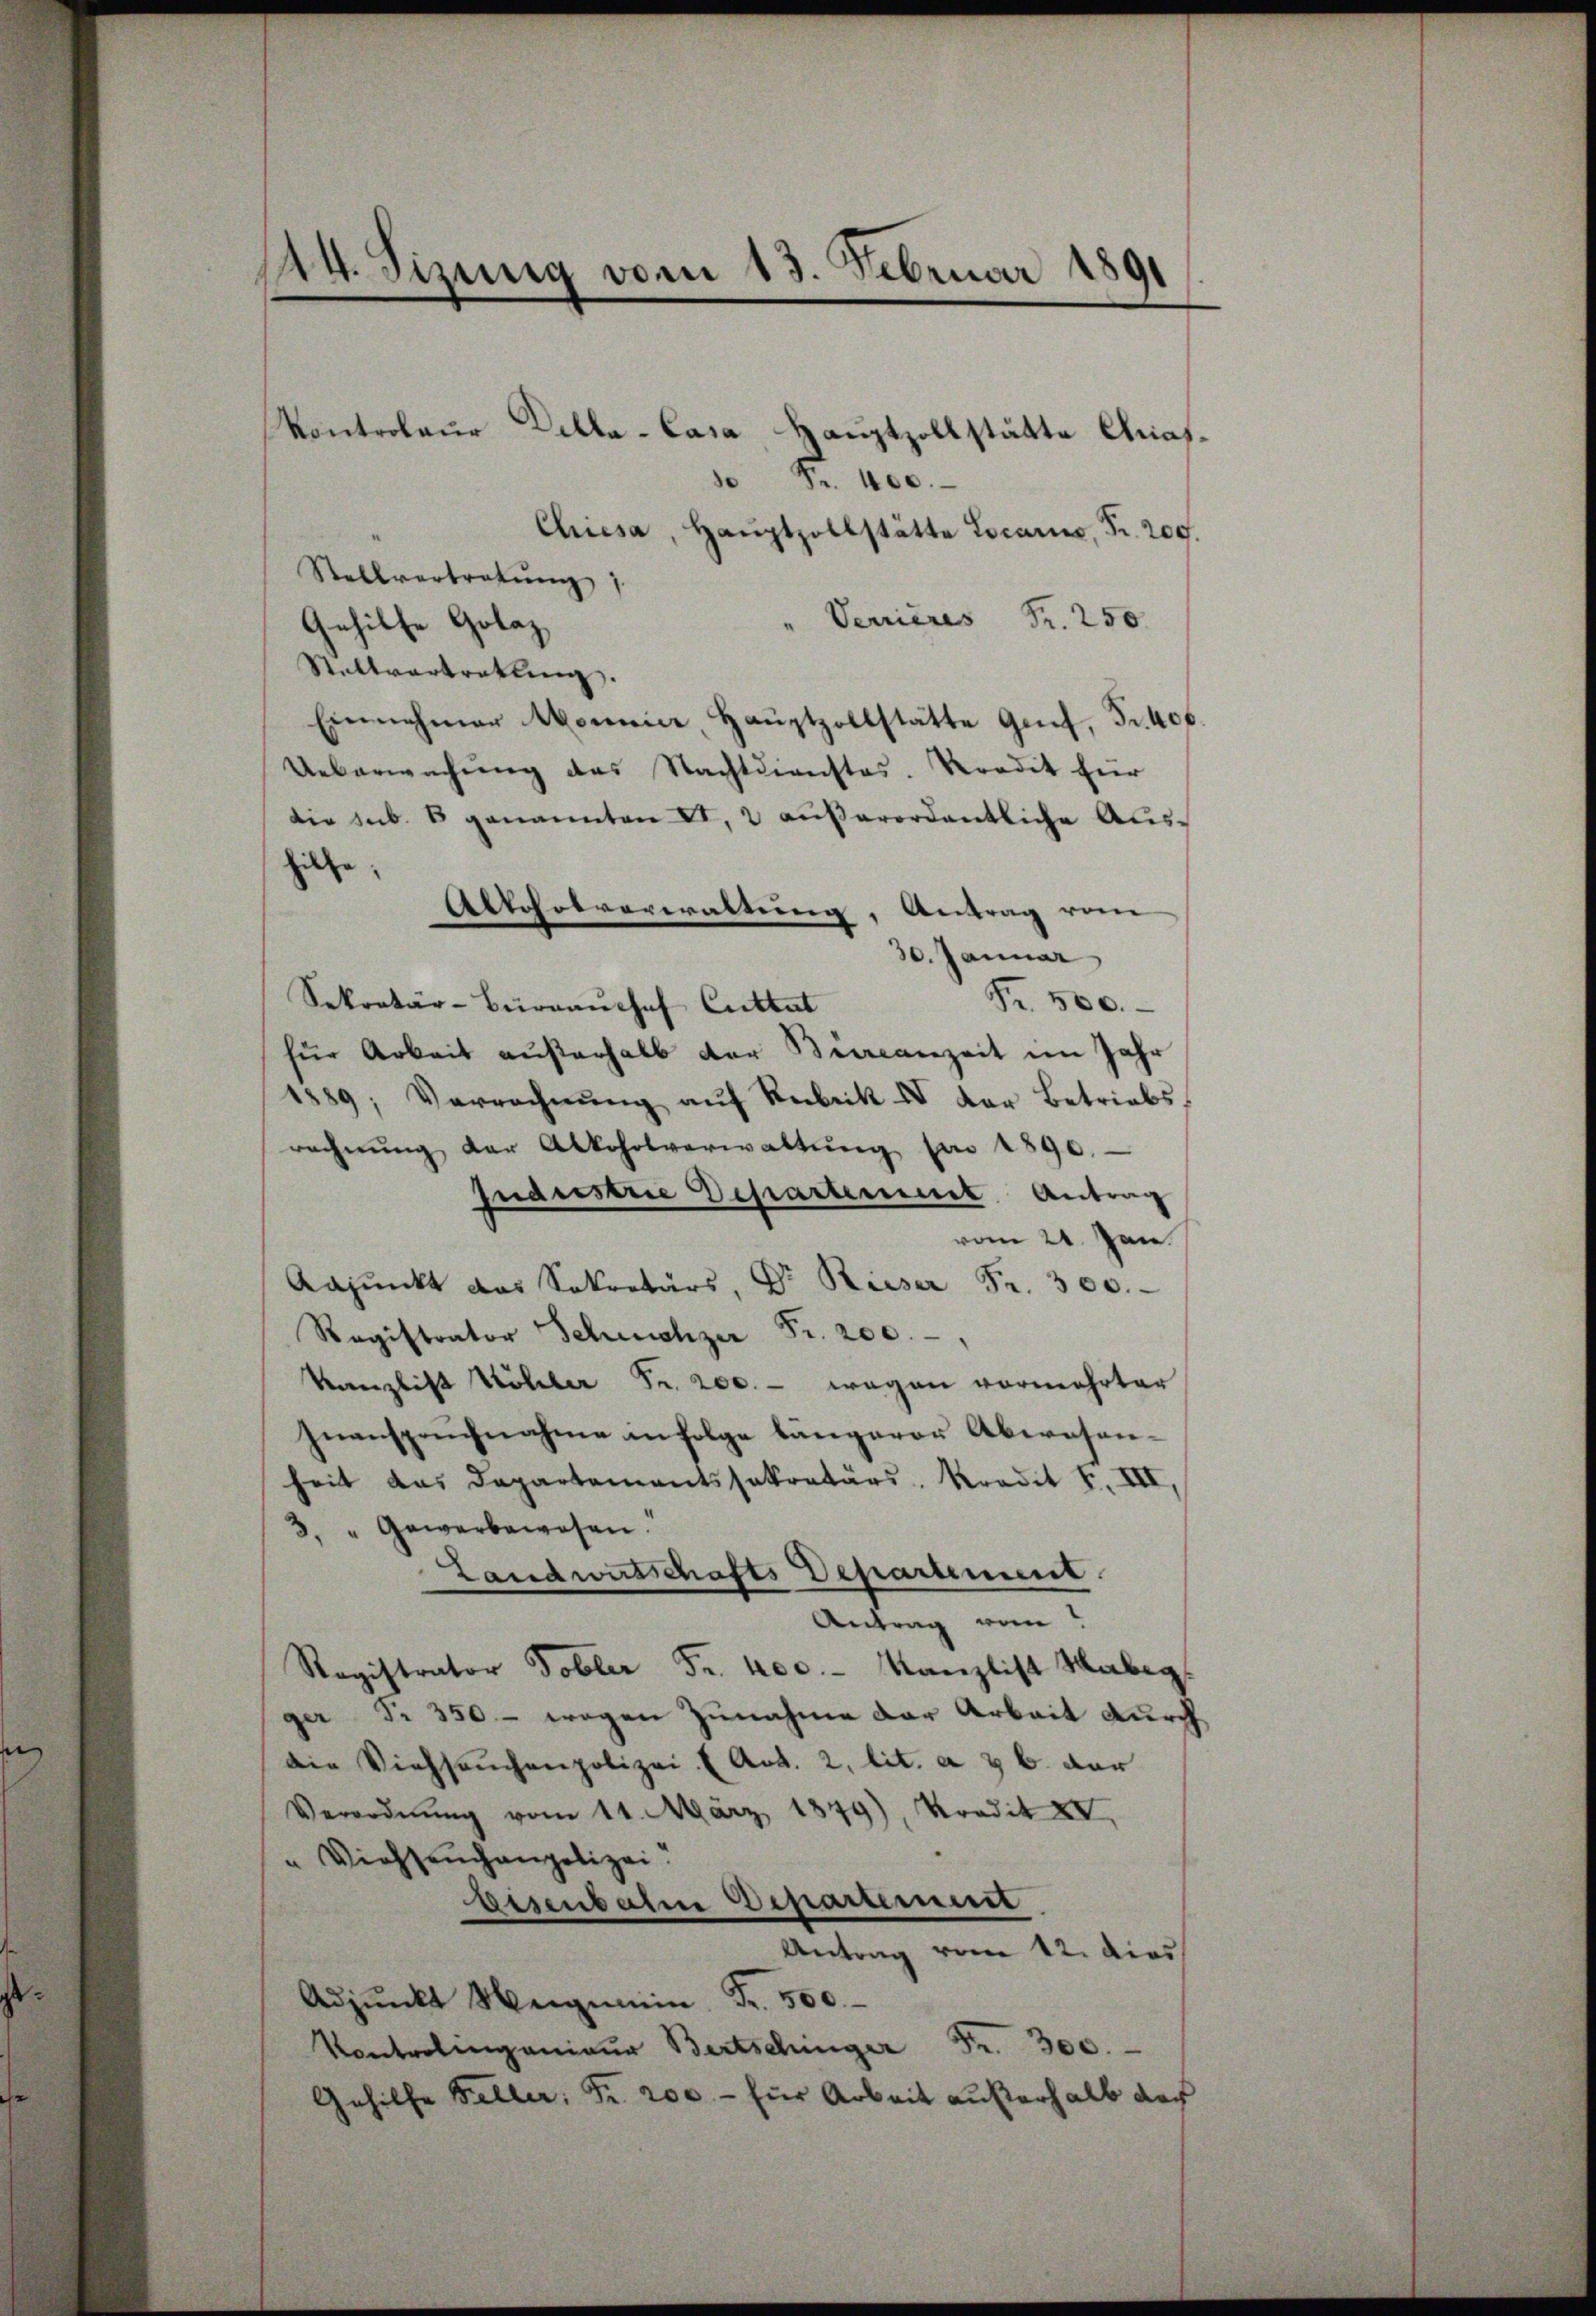
Kontroleur Della-Casa Hauptzollstätte Graf.
Fr. 400.
Chiesa, Haŭptzollstätte Locarno, Fr. 209.
Stellvertretŭng
Verrieres Fr. 250.
Gehilfe Golaz
Stattvertrettung.
Einnehmer Nomine Haŭptzollstätte Genf, Fr. 406.
Ueberwachung des Nachtdienstes. Nordit für
die sub. 8 genannten II. 2 aŭβerordentliche Aus-
hiehe.
Altcolverwaltung, Antrag vom
30. Januar
Fr. 500.
Sekretär-Büreaŭchef Cuttat
für Arbeit außerhalb der Biccanzeit im Jahr
1889; Verrechnŭng aŭf Rubrik IV der Betriebs
rechnŭng der Alkoholverwaltŭng von 1890.
Jndustrie Departement Antrag
vom 21. Jan.
Aapŭnkt das Sekretärs, Dr. Rieser Fr. 300.
Registrator Scheichzer Fr. 200.
Kanzlist Köhler Fr. 200.- wegen vermehrter
Inanspruchnahme in folge längerer Aberosen-
heit das Departementssekretärs, Kredit F. VII,
3. " Gewerbewesen.
Landwirtschafts Departement.
Antrag vom
Registrator Tobler Fr. hoc. - Kanzlist aber
ger Fr. 350 - wegen Zunahme der Arbeit durch
die Viehseuchenpolizei (Art. 2, lit. a & b. der
Verordnŭng vom 11. März 1849), Predit XV.
" Viehseuchangelizei.
Eisenbahn Departement
Antrag vom 12. dies
Adpŭnkt Weigen Fr. 500.
Kontrolingenieŭr Bertschinger Fr. 300.
Gehilfe Feller: Fr. 200.- für Arbeit außerhalb der

44. Sizung vom 13. Februar 1891